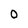
Character: 0